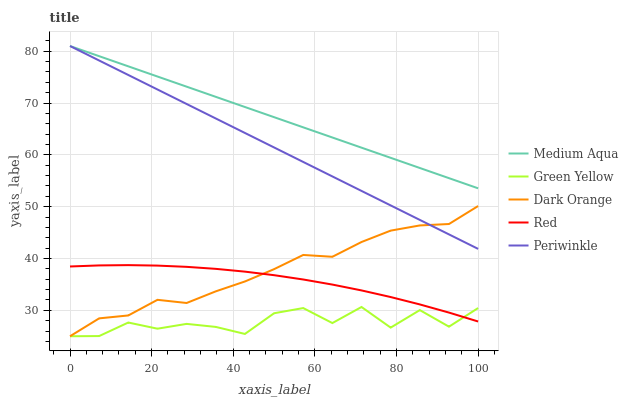
| xaxis_label | Medium Aqua | Green Yellow | Dark Orange | Red | Periwinkle |
 | --- | --- | --- | --- | --- | --- |
 | 0 | 81 | 25 | 25 | 38.5 | 81 |
 | 7.14 | 79 | 25 | 28.5 | 38.7 | 78.2 |
 | 14.3 | 77.1 | 27.6 | 29 | 38.7 | 75.4 |
 | 21.4 | 75.1 | 26.5 | 32 | 38.6 | 72.6 |
 | 28.6 | 73.2 | 27.4 | 31.4 | 38.4 | 69.8 |
 | 35.7 | 71.2 | 26.8 | 33.7 | 38 | 67 |
 | 42.9 | 69.2 | 25.4 | 35.6 | 37.5 | 64.2 |
 | 50 | 67.3 | 29.4 | 37.9 | 36.8 | 61.4 |
 | 57.1 | 65.3 | 30.4 | 40.7 | 36 | 58.6 |
 | 64.3 | 63.3 | 27.5 | 40.3 | 35 | 55.8 |
 | 71.4 | 61.4 | 30.6 | 43.2 | 33.8 | 53 |
 | 78.6 | 59.4 | 26.7 | 45.4 | 32.6 | 50.2 |
 | 85.7 | 57.5 | 30 | 46.4 | 31.1 | 47.4 |
 | 92.9 | 55.5 | 26.8 | 46.7 | 29.6 | 44.7 |
 | 100 | 53.5 | 30.4 | 50.1 | 27.8 | 41.9 |